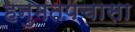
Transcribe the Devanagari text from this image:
हनुमतपचासा